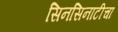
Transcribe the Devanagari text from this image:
सिनसिनाटीचा